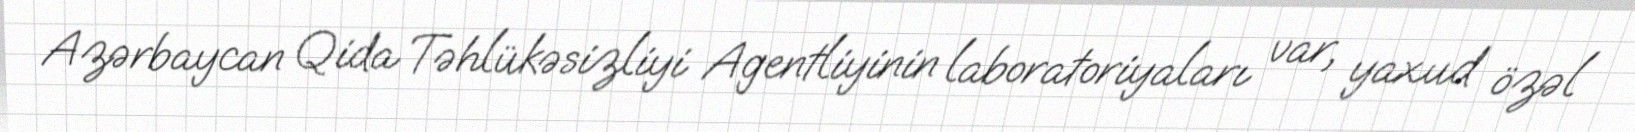
Azərbaycan Qida Təhlükəsizliyi Agentliyinin laboratoriyaları var, yaxud özəl